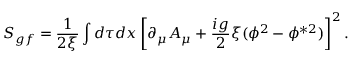
S _ { g f } = \frac { 1 } { 2 \xi } \int d \tau d x \left[ \partial _ { \mu } A _ { \mu } + \frac { i g } { 2 } \xi ( \phi ^ { 2 } - \phi ^ { \ast 2 } ) \right] ^ { 2 } .